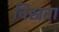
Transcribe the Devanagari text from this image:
निस्रता